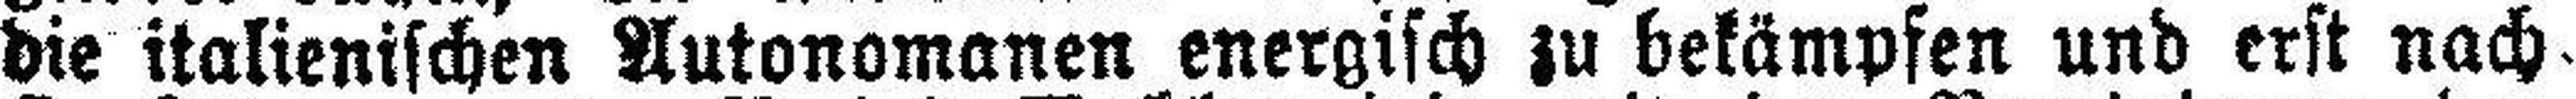
die italienischen Autonomanen energisch zu bekämpfen und erst nach